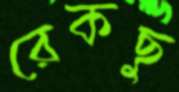
রেকছু